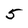
Character: 5